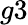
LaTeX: g3